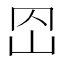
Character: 𡵠